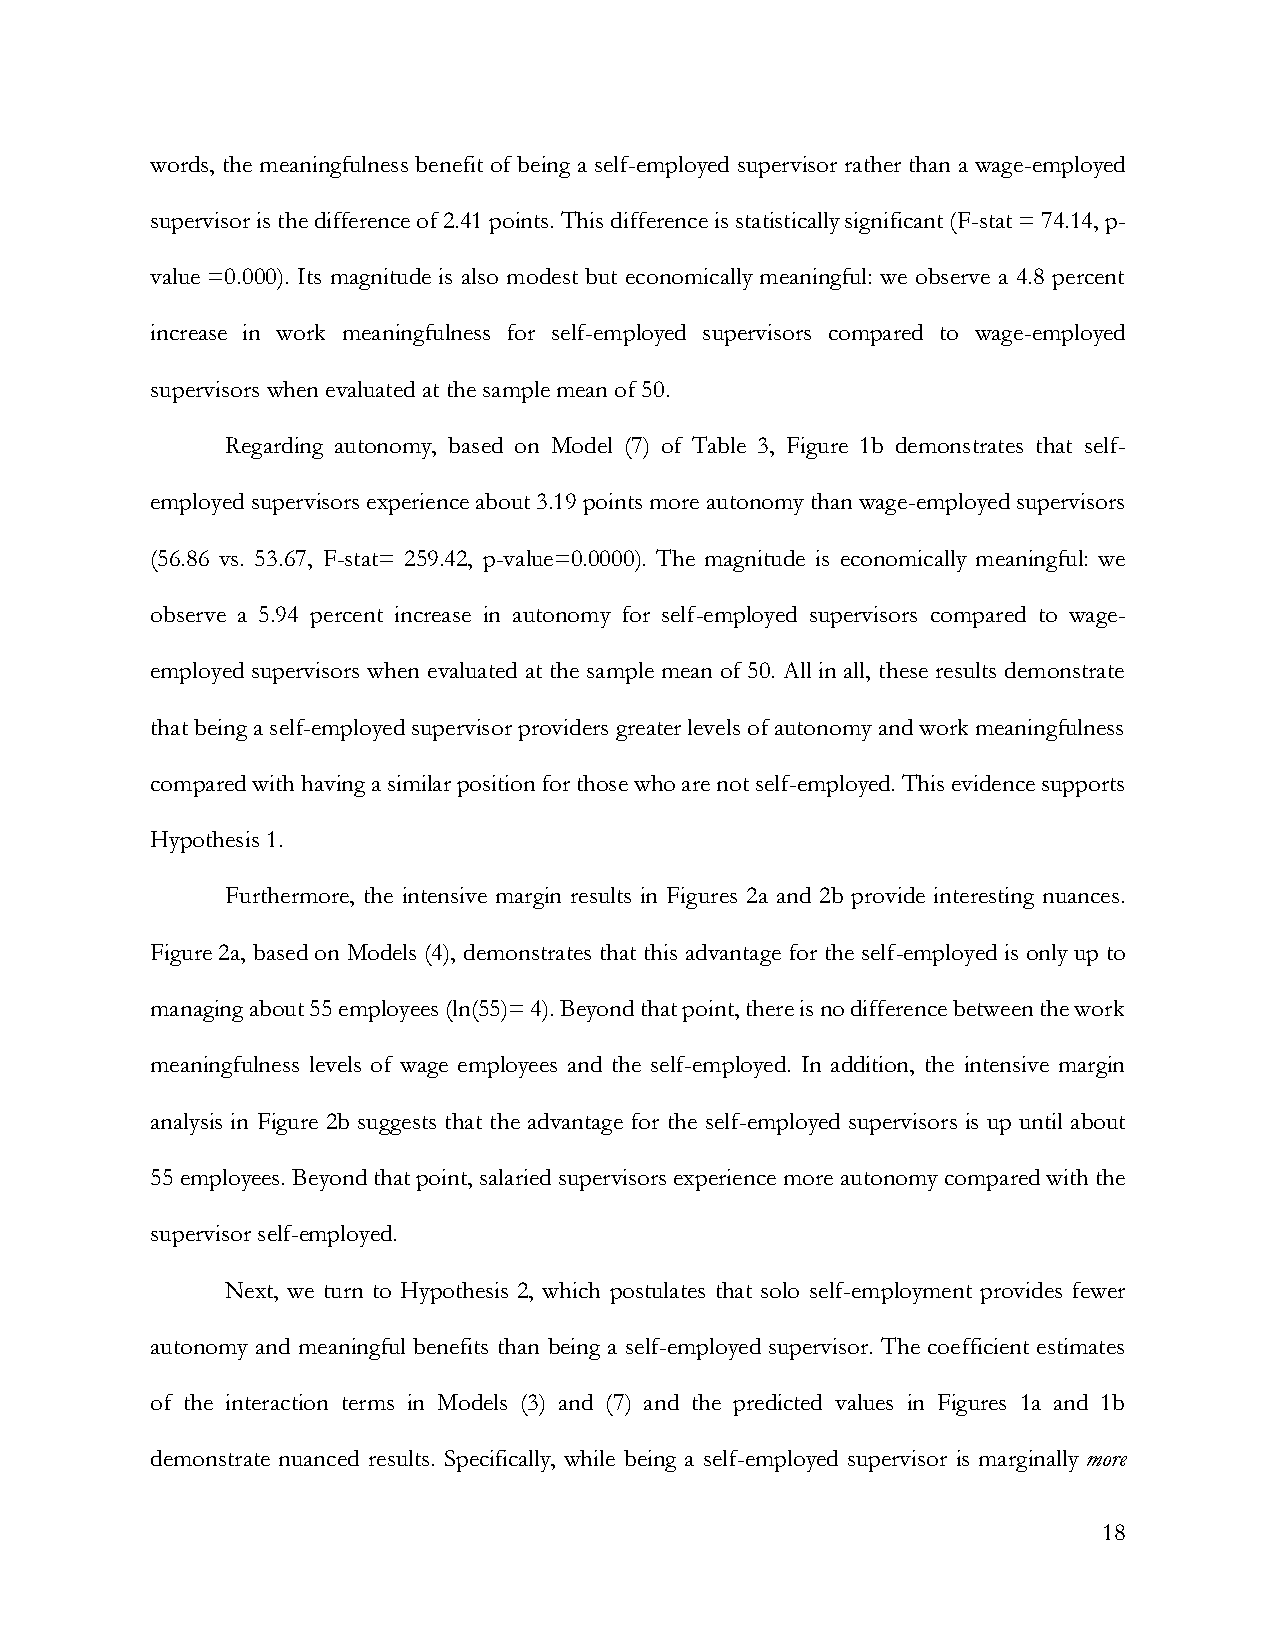
words, the meaningfulness benefit of being a self-employed supervisor rather than a wage-employed
 supervisor is the difference of 2.41 points. This difference is statistically significant (F-stat = 74.14, p-
 value =0.000). Its magnitude is also modest but economically meaningful: we observe a 4.8 percent
 increase in work meaningfulness for self-employed supervisors compared to wage-employed
 supervisors when evaluated at the sample mean of 50.
 Regarding autonomy, based on Model (7) of Table 3, Figure 1b demonstrates that self-
 employed supervisors experience about 3.19 points more autonomy than wage-employed supervisors
 (56.86 vs. 53.67, F-stat= 259.42, p-value=0.0000). The magnitude is economically meaningful: we
 observe a 5.94 percent increase in autonomy for self-employed supervisors compared to wage-
 employed supervisors when evaluated at the sample mean of 50. All in all, these results demonstrate
 that being a self-employed supervisor providers greater levels of autonomy and work meaningfulness
 compared with having a similar position for those who are not self-employed. This evidence supports
 Hypothesis 1.
 Furthermore, the intensive margin results in Figures 2a and 2b provide interesting nuances.
 Figure 2a, based on Models (4), demonstrates that this advantage for the self-employed is only up to
 managing about 55 employees (ln(55)= 4). Beyond that point, there is no difference between the work
 meaningfulness levels of wage employees and the self-employed. In addition, the intensive margin
 analysis in Figure 2b suggests that the advantage for the self-employed supervisors is up until about
 55 employees. Beyond that point, salaried supervisors experience more autonomy compared with the
 supervisor self-employed.
 Next, we turn to Hypothesis 2, which postulates that solo self-employment provides fewer
 autonomy and meaningful benefits than being a self-employed supervisor. The coefficient estimates
 of the interaction terms in Models (3) and (7) and the predicted values in Figures 1a and 1b
 demonstrate nuanced results. Specifically, while being a self-employed supervisor is marginally more
 18